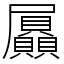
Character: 屭